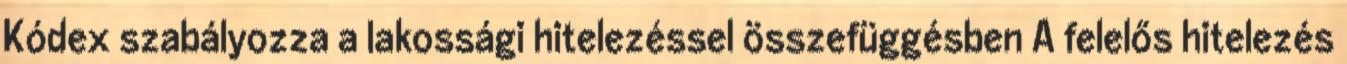
Kódex szabályozza a lakossági hitelezéssel összefüggésben A felelős hitelezés